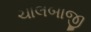
ચાલબાજી